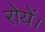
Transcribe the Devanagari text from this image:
रोयें।